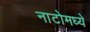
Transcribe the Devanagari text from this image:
नाटोमध्ये